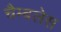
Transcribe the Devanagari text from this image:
चैम्बलेस